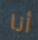
أنا